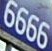
6666